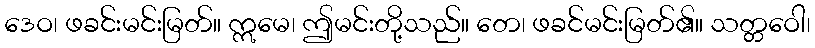
ဒေဝ၊ ဖခင်းမင်းမြတ်။ ဣမေ၊ ဤမင်းတို့သည်။ တေ၊ ဖခင်မင်းမြတ်၏။ သတ္တဝေါ၊